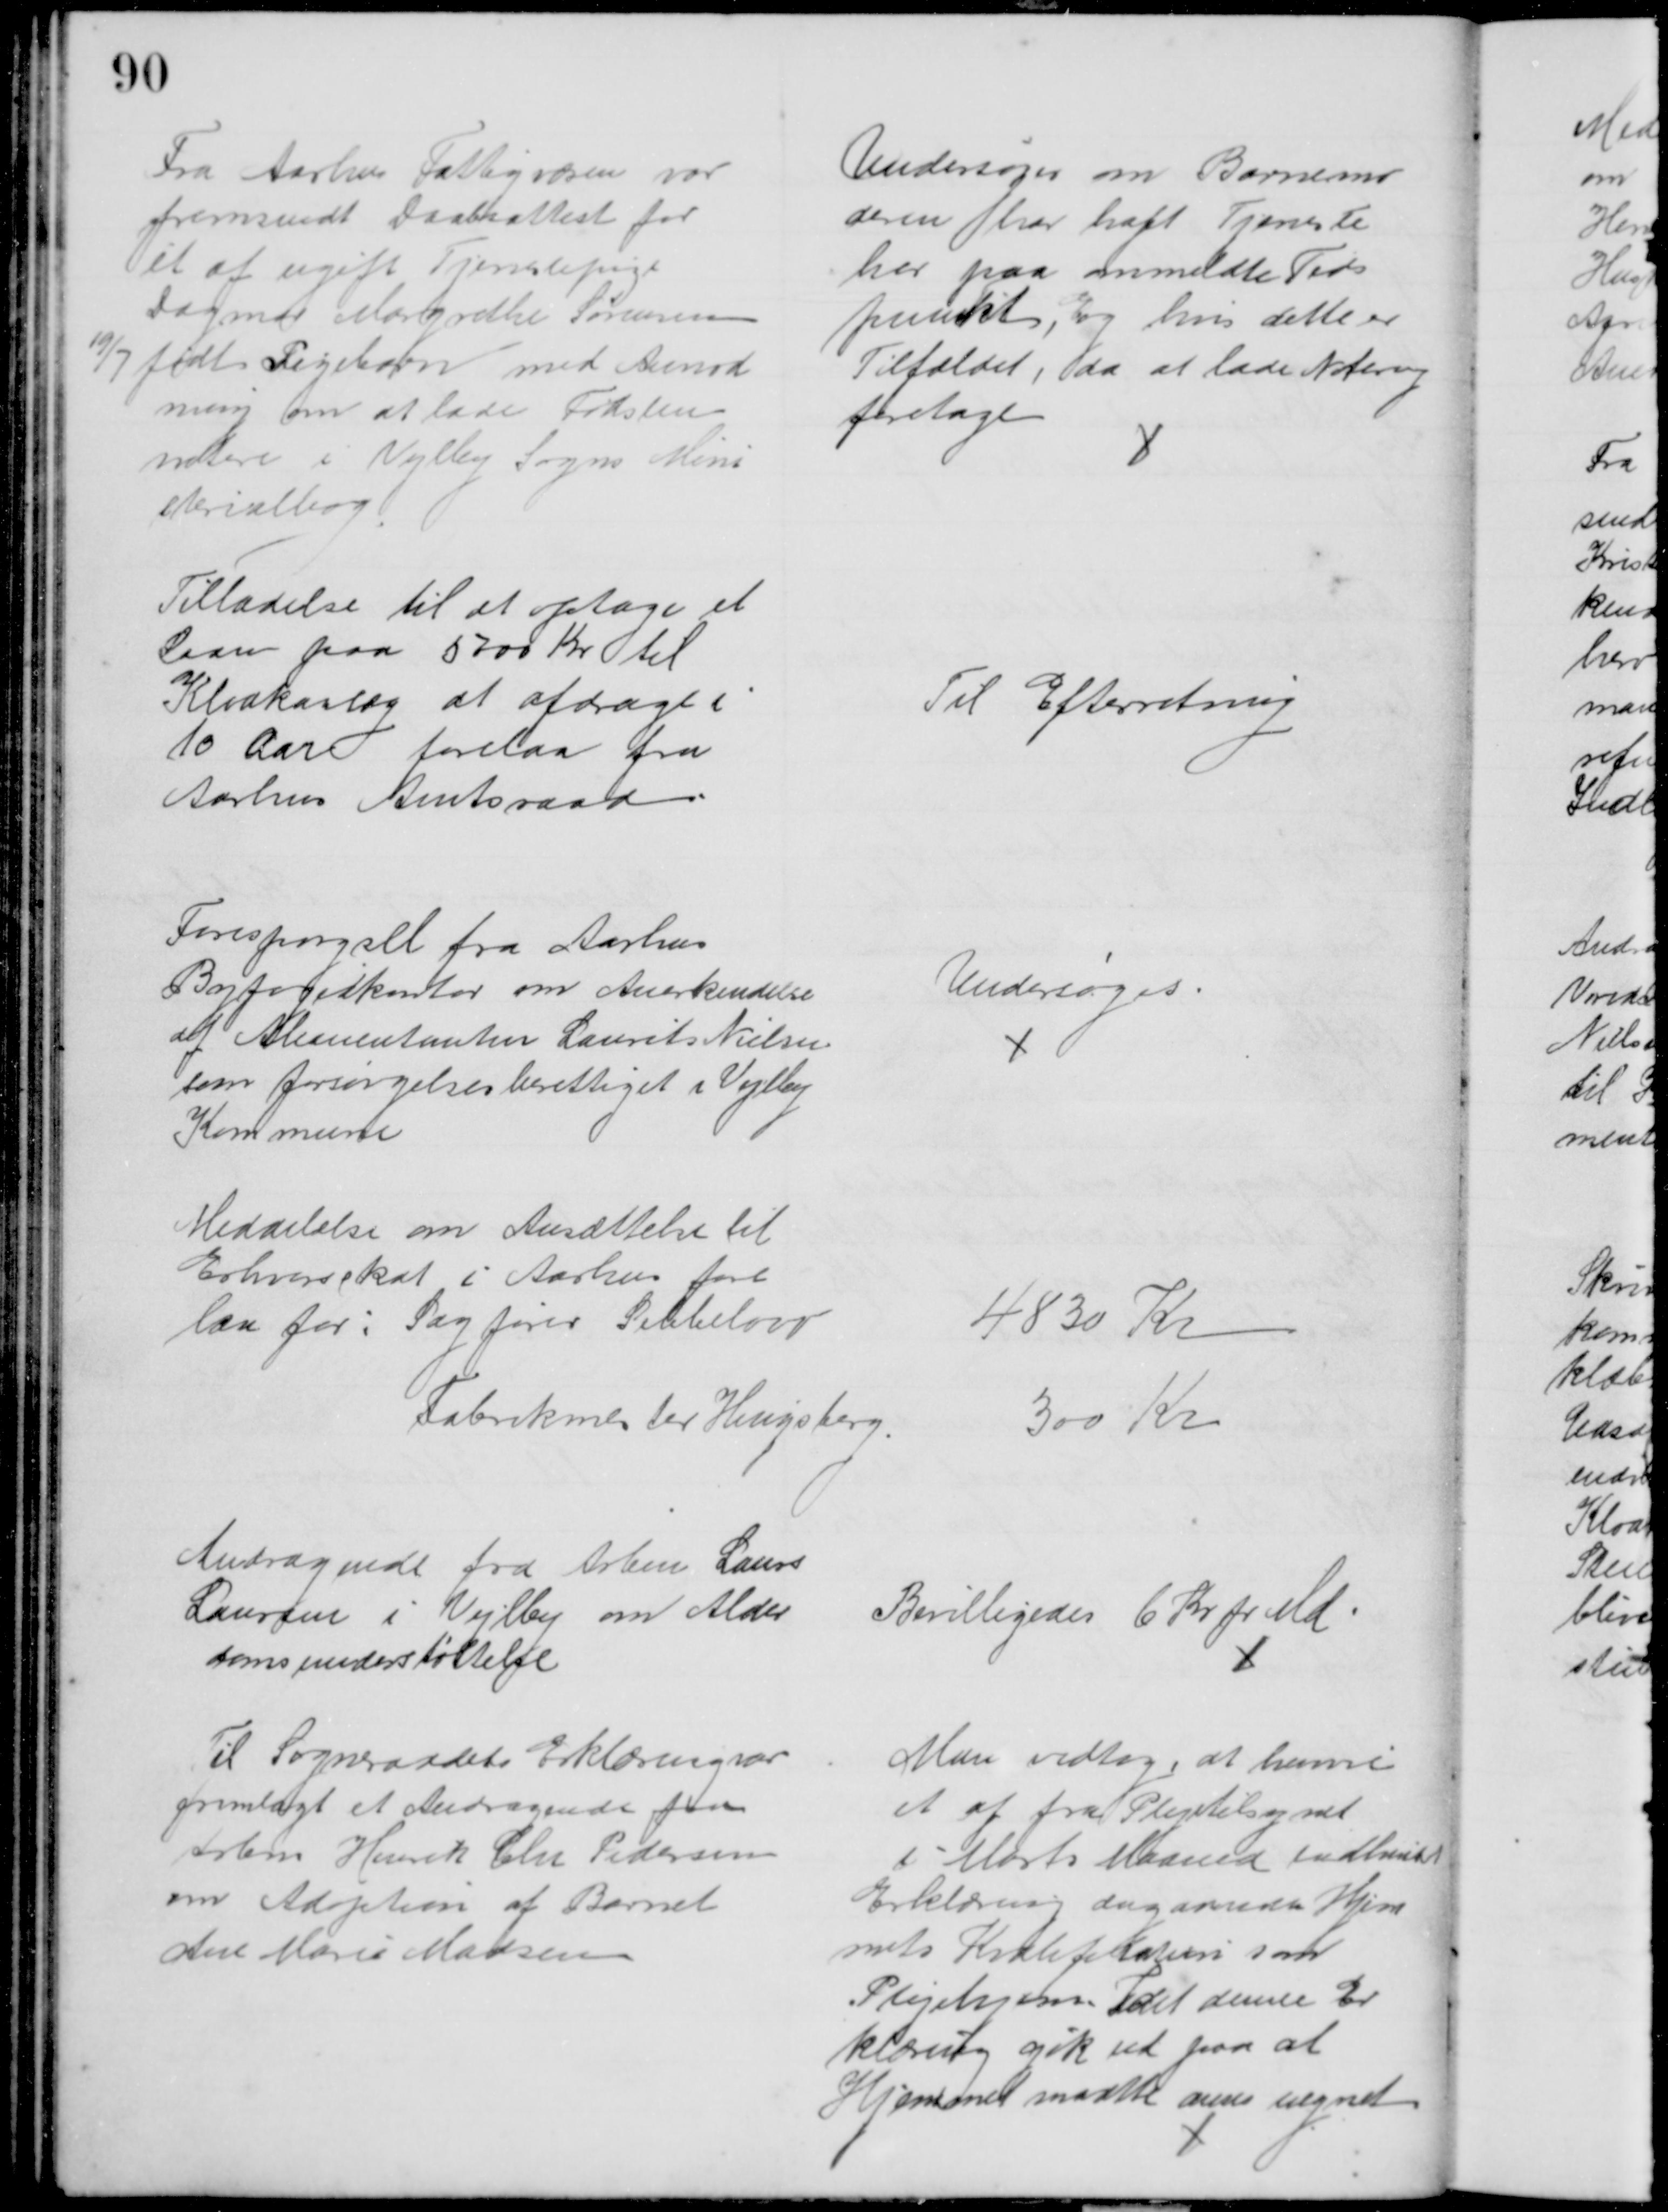
Transskription:
Fra Aarhus Fattigvæsen var
fremsendt Daabsattest for
et af ugift Tjenestepige
Dagmar Margrethe Sørensen
19/7 født Pigebarn med Anmod
ning om at lade Fødslen
notere i Vejlby Sogns Mini
sterialbog
Undersøges om Barnemo
deren har haft Tjeneste
her paa anmeldte Tids
punkt, og hvis dette er 
Tilfældet, da at lade Notering 
foretage
Tilladelse til at optage et
Laan paa 5700 Kr til
Kloakanlæg at afdrage i
10 Aar forelaa fra
Aarhus Amtsraad
Til Efterretning
Forespørgsel fra Aarhus
Byfogedkontor om Anerkendelse
af Alimentanten Laurits Nielsen
som forsørgelsesberettiget i Vejlby
Kommune
Undersøges.
Meddelelse om Ansættelse til
Erhvervsskat i Aarhus fore
laa for: Sagfører Sebbelovv
4830 Kr
Fabrikmester Hingsberg.
300 Kr
Andragende fra Arbm Laurs
Laursen i Vejlby om Alder
domsunderstøttelse
Bevilligedes 6 Kr pr Md
Til Sogneraadets Erklæring var
fremlagt et Andragende fra
Arbm Henrik Chr Pedersen
om Adoption af Barnet
Ane Marie Madsen
Man vedtog, at henvise
et af fra Plejetilsynet
i Marts Maaned indhentet
Erklæring angaaende Hjem
mets Kvalifikation som
Plejehjem. Idet denne Er
klæring gik ud paa at
Hjemmet maatte anses uegnet